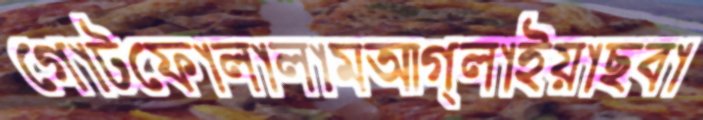
গোটফোলালামআগ্‌লাইয়াছবা